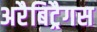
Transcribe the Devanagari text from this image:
अरैबिट्रैगस